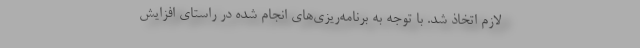
لازم اتخاذ شد. با توجه به برنامه‌ریزی‌های انجام شده در راستای افزایش